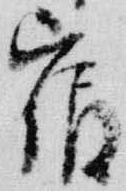
宿